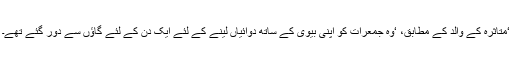
‘متاثرہ کے والد کے مطابق، ‘وہ جمعرات کو اپنی بیوی کے ساتھ دوائیاں لینے کے لئے ایک دن کے لئے گاؤں سے دور گئے تھے۔